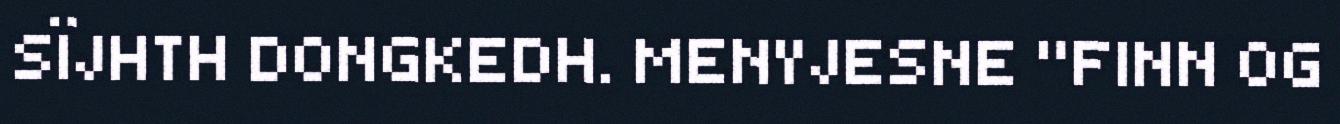
SÏJHTH DONGKEDH. MENYJESNE "FINN OG